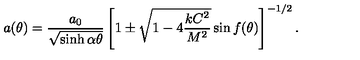
a ( \theta ) = \frac { a _ { 0 } } { \sqrt { \sinh \alpha \theta } } \left[ 1 \pm \sqrt { 1 - 4 \displaystyle { \frac { k C ^ { 2 } } { M ^ { 2 } } } } \sin f ( \theta ) \right] ^ { - 1 / 2 } .